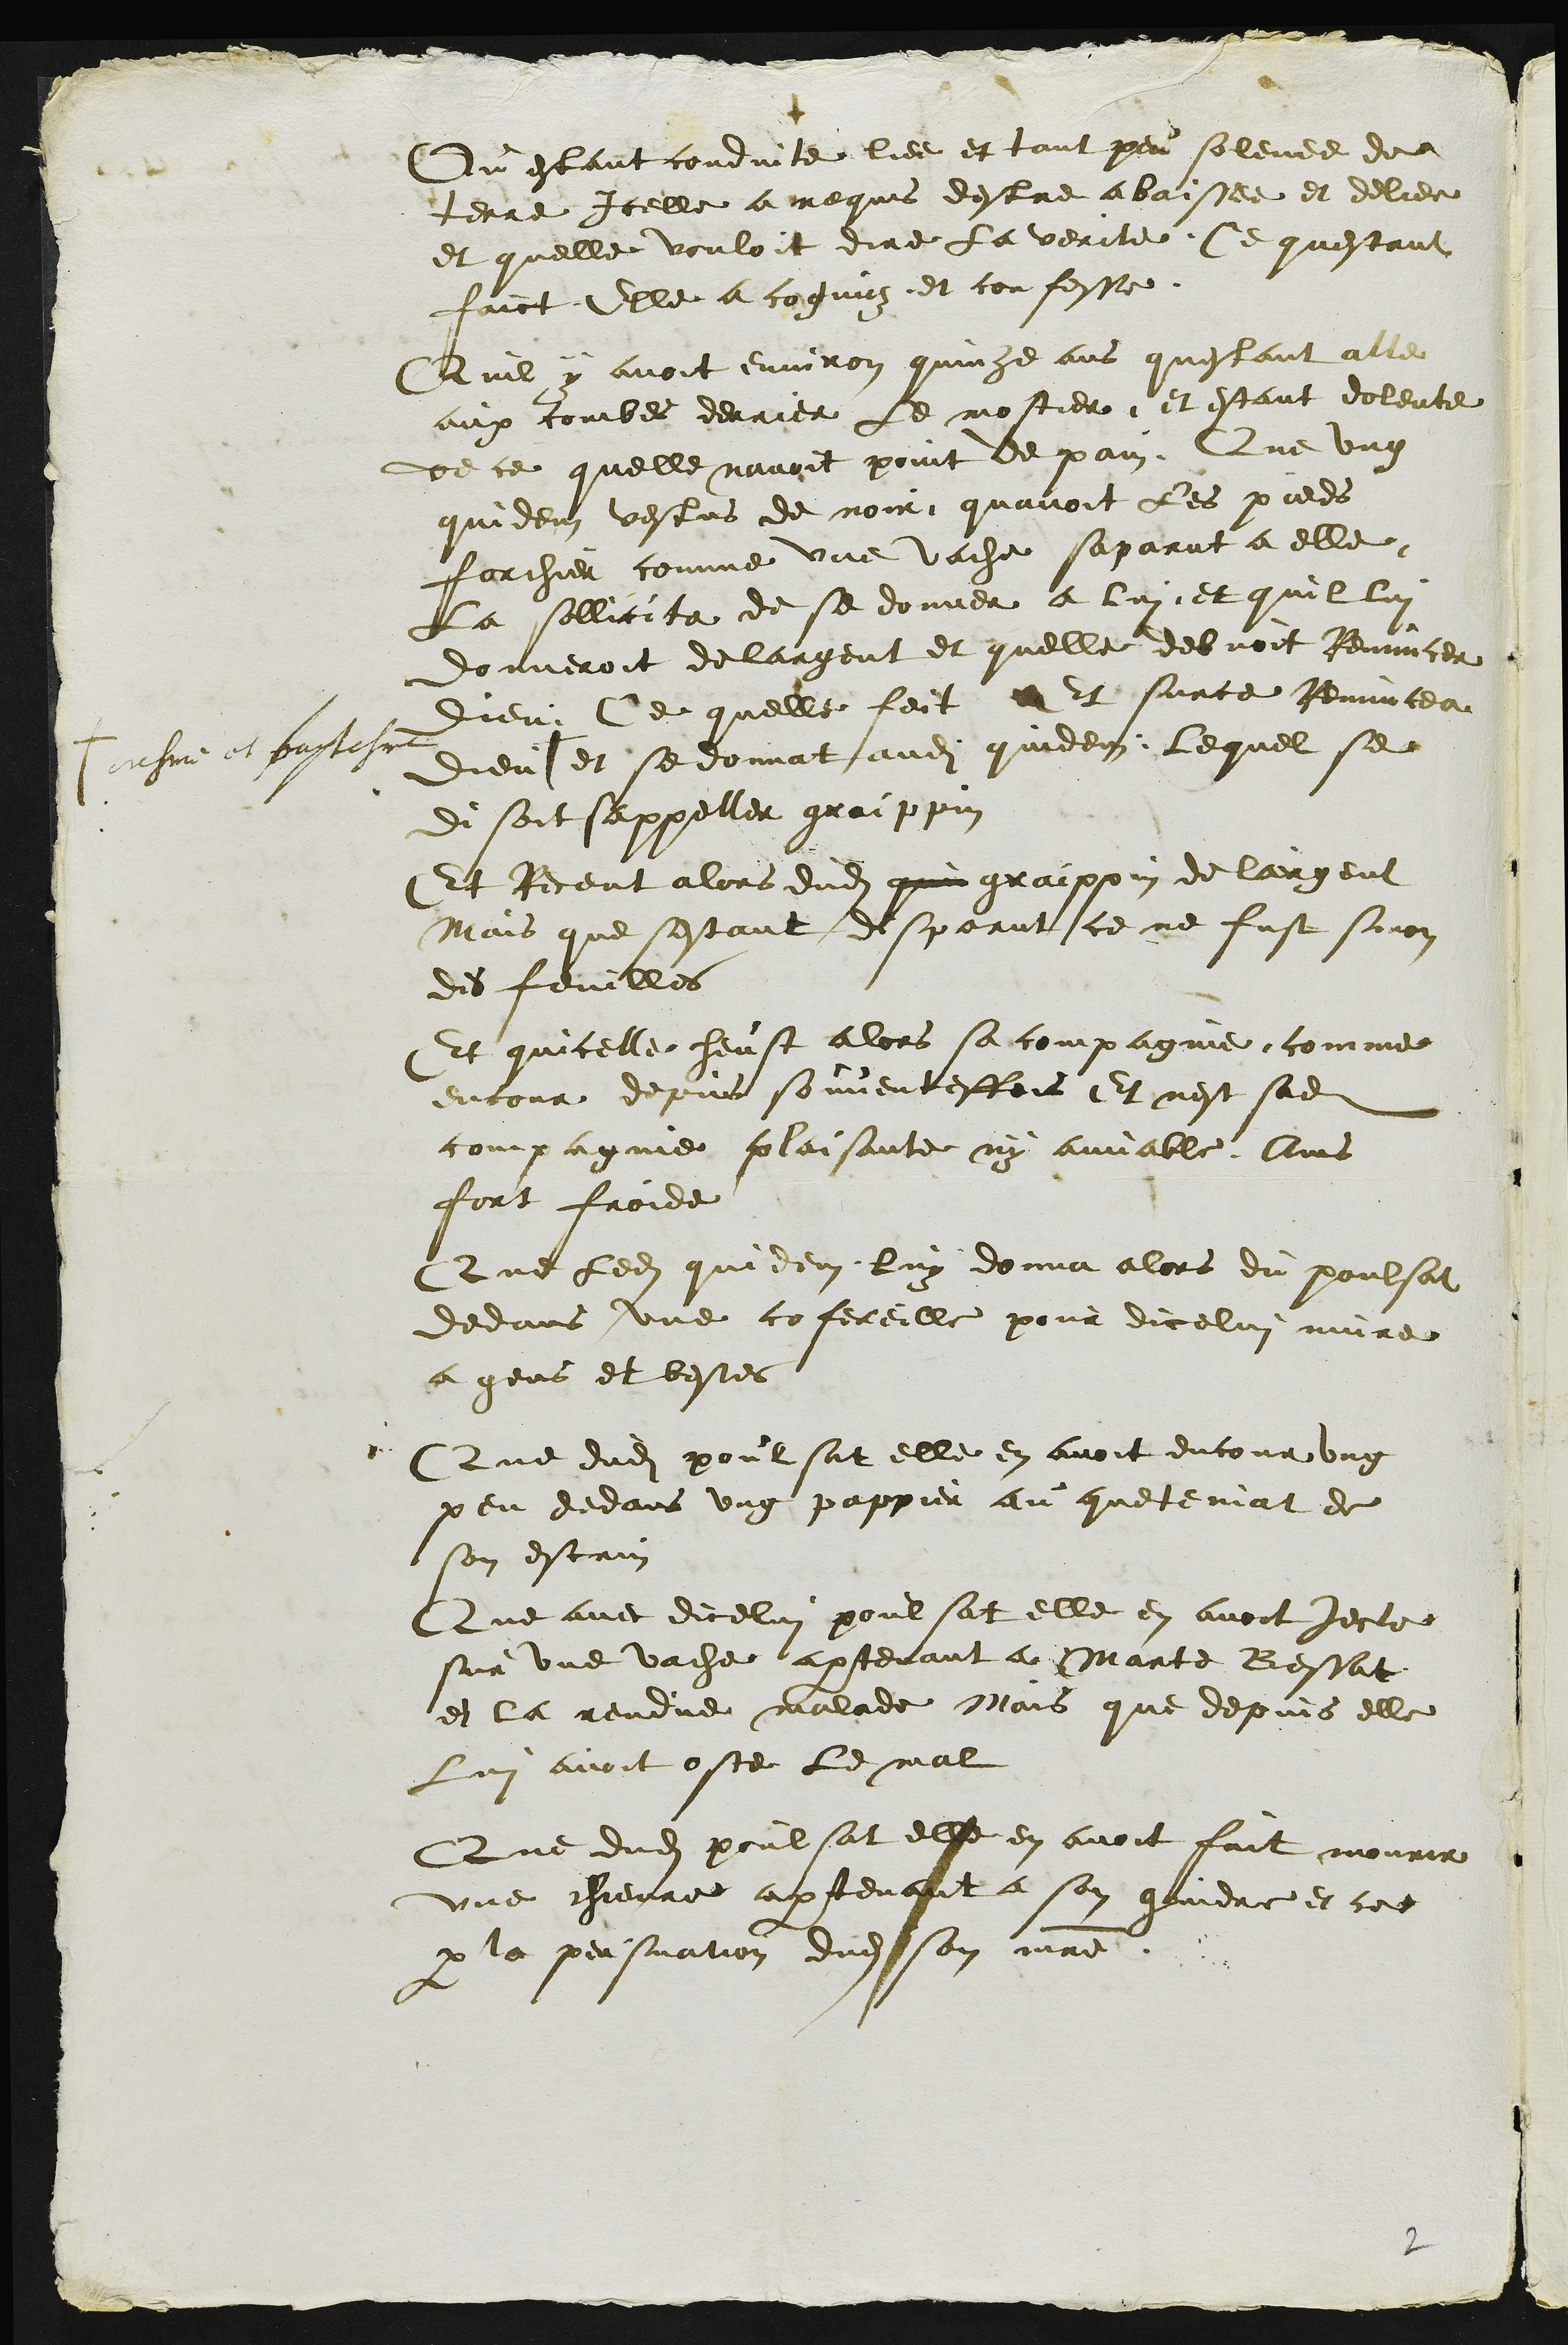
T cresme et pastes
Ou estant conduite liee et tant peu solevee de
terre Icelle a requis destre abbaissee et deliee
et quelle vouloit dire la verite Ce questant
faict elle a cognuz et confesse
Quil y avoit environ quinze ans questant alle
aux tombes derrier le mostier et estant dolente
de ce quelle navoit point de pain Que ung
quidem vestus de noir quavoit les pieds
forchier comme une vache saparut a elle
La sollicita de se donner a lui et quil lui
donneroit de largent et quelle debvoit Renuncer
Dieu Ce quelle feit Et surce Renuncea
Dieu et se donnat audit quidem Lequel se
disoit sappeller graippin
Et receut alors dudit qui graippin de largent
Mais que sestant desparut ce ne fust sinon
des feuilles
Et quicelle heust alors sa compagnie, comme
encour depuis souventesfois Et nest sadite
compagnie plaissante ny annable Ains
fort froide
Que ledit quidem luy donna alors du poulsat
dedans une cofereille pour dicelui nuire
a gens et bestes
Que dudit poulsat elle en avoit encour ung
peu dedans ung pappier au queteniat de
son estrin
Que avec dicelui poulsat elle en avoit jecte
sur une vache appartenant a Marte Bessat
et la rendue malade Mais que depuis elle
Lui avoit oste le mal
que dudit poulsat elle en avoit fait mourir.
une chievre appartenant a son gindre et ce
par la persuation dudit son maitre